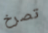
تصرخ